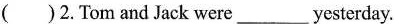
( )2.Tom and Jack were___yesterday.